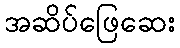
အဆိပ်ဖြေဆေး